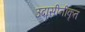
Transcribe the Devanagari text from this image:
उदासीनीकृत